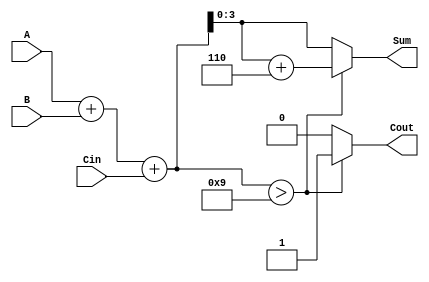
module BCD_Fast_Adder (
    input  wire [3:0] A,     // First BCD digit
    input  wire [3:0] B,     // Second BCD digit
    input  wire       Cin,    // Carry-in
    output reg  [3:0] Sum,    // BCD sum output
    output reg       Cout      // Carry-out
);

    // Intermediate signals
    wire [4:0] binary_sum;    // 5-bit to accommodate carry
    wire adjustment_needed;     // Signal to indicate if adjustment is needed

    // Step 1: Perform binary addition
    assign binary_sum = A + B + Cin;

    // Step 2: Check if adjustment is needed
    assign adjustment_needed = (binary_sum > 5'd9);

    // Step 3: Determine sum and carry-out
    always @(*) begin
        if (adjustment_needed) begin
            Sum = binary_sum[3:0] + 4'b0110; // Add 6 in case of adjustment
            Cout = 1'b1;                      // Set carry-out
        end else begin
            Sum = binary_sum[3:0];            // No adjustment needed
            Cout = 1'b0;                       // No carry-out
        end
    end

endmodule